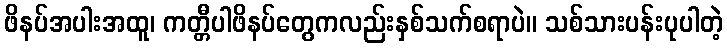
ဖိနပ်အပါးအထူ၊ ကတ္တီပါဖိနပ်တွေကလည်းနှစ်သက်စရာပဲ။ သစ်သားပန်းပုပါတဲ့